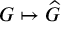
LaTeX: G \mapsto { \widehat { G } }